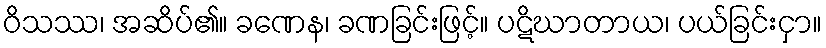
ဝိသဿ၊ အဆိပ်၏။ ခဏေန၊ ခဏခြင်းဖြင့်။ ပဋိဃာတာယ၊ ပယ်ခြင်းငှာ။